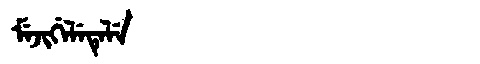
Manchu: ᠮᡝᠵᡳᡤᡝᠯᡝᡨᡝᠯᡝ
Romanization: MEJIGELETELE